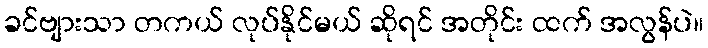
ခင်ဗျားသာ တကယ် လုပ်နိုင်မယ် ဆိုရင် အတိုင်း ထက် အလွန်ပဲ။